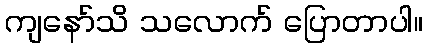
ကျနော်သိ သလောက် ပြောတာပါ။